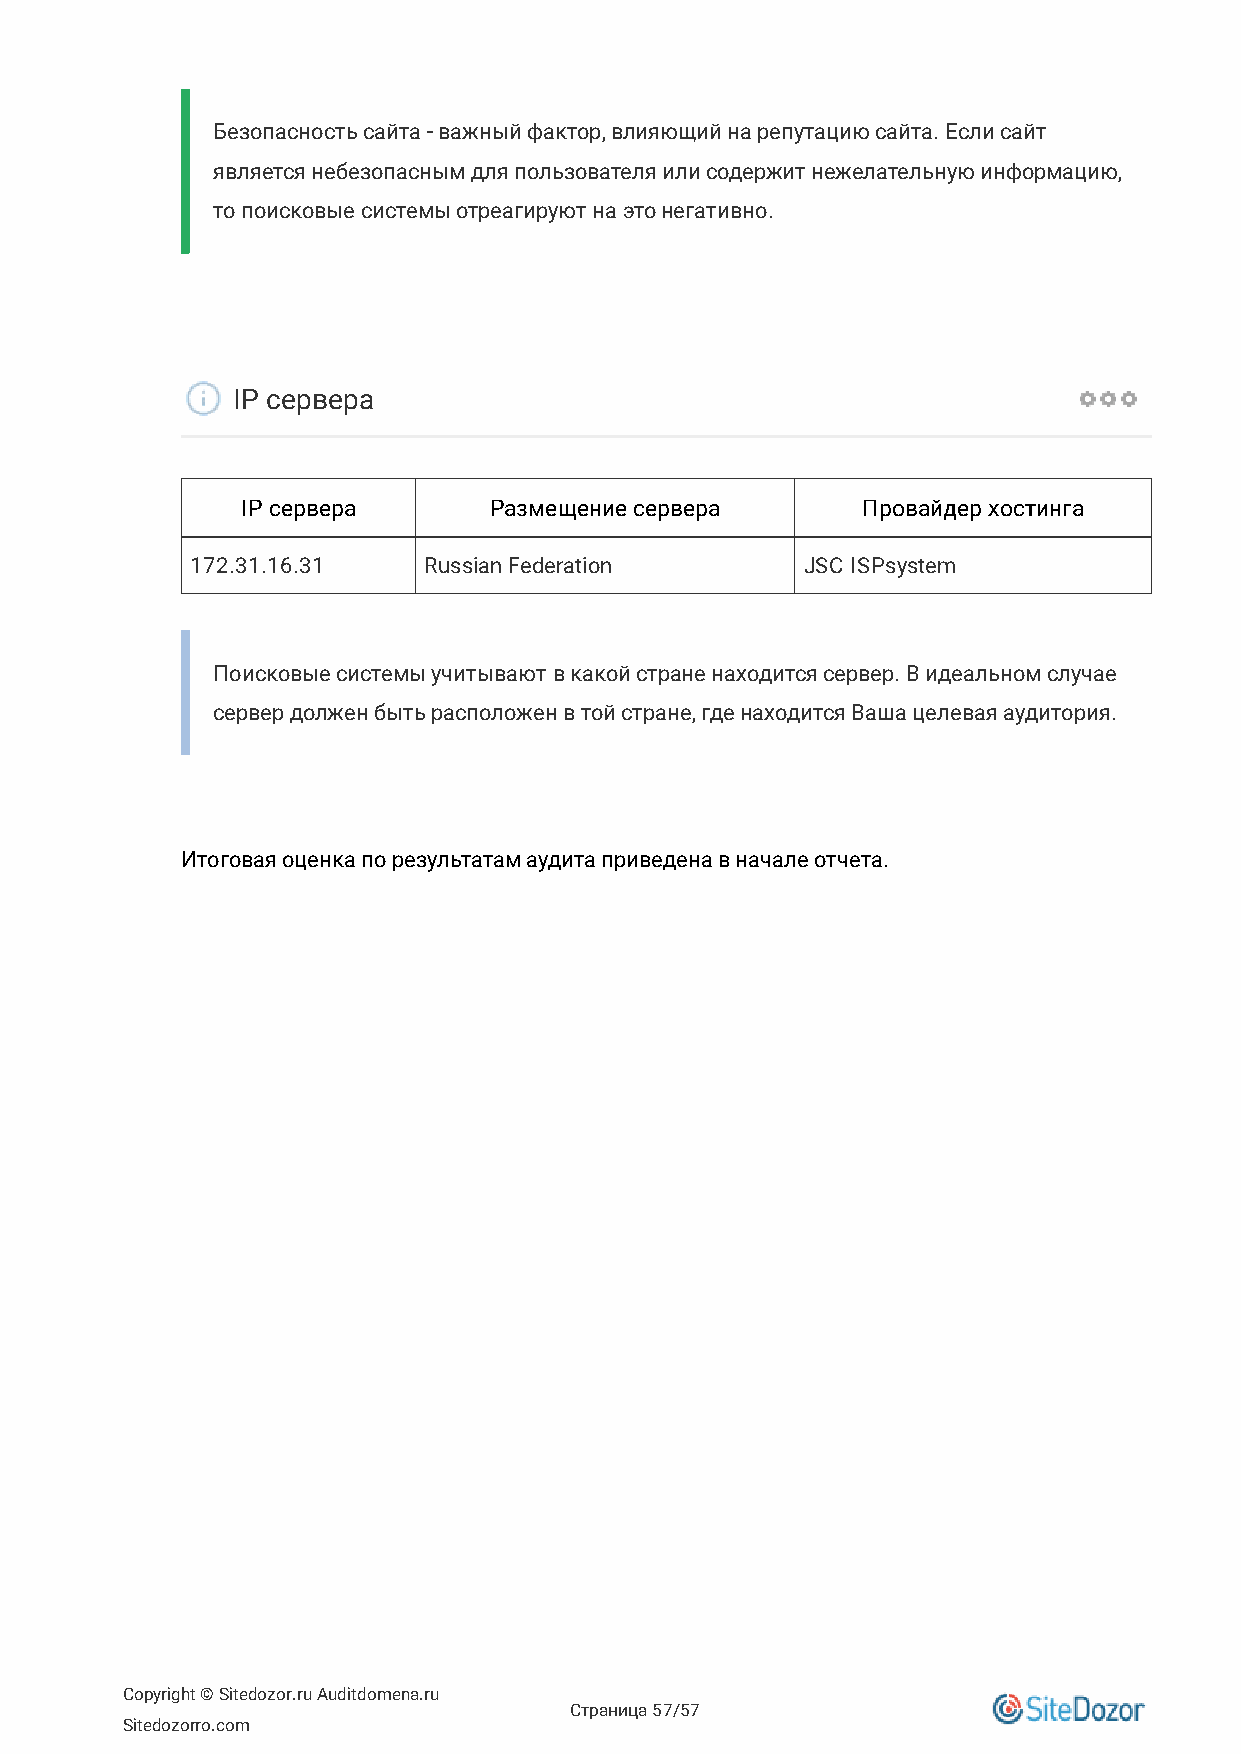
Безопасность сайта - важный фактор, влияющий на репутацию сайта. Если сайт
 является небезопасным для пользователя или содержит нежелательную информацию,
 то поисковые системы отреагируют на это негативно.
 IP сервера
 IP сервера      Размещение сервера       Провайдер хостинга
 172.31.16.31   Russian Federation       JSC ISPsystem
 Поисковые системы учитывают в какой стране находится сервер. В идеальном случае
 сервер должен быть расположен в той стране, где находится Ваша целевая аудитория.
 Итоговая оценка по результатам аудита приведена в начале отчета.
 Copyright © Sitedozor.ru Auditdomena.ru
 Страница 57/57
 Sitedozorro.com